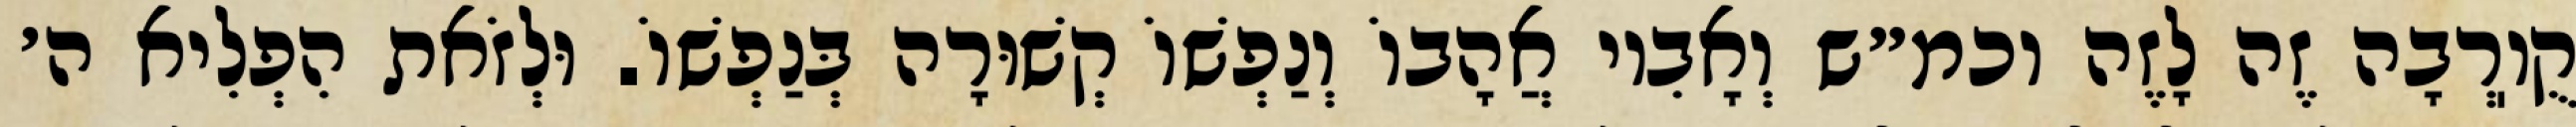
קֻוֽרְבָה זֶה לָזֶה וכמ״ש וְאָבִיו אֲהָבוֹ וְנַפְשׁוֹ קְשׁוּרָה בְּנַפְשׁוֹ. וּלְזֹאת הִפְלִיא ה׳